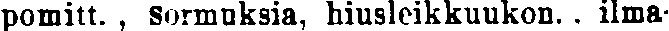
pomitt. , sormuksia, hiusleikkuukon. . ilma-